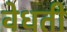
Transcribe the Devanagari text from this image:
वेधती